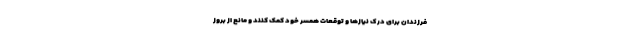
فرزندان برای درک نیازها و توقعات همسر خود کمک کنند و مانع از بروز